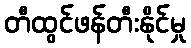
တီထွင်ဖန်တီးနိုင်မှု